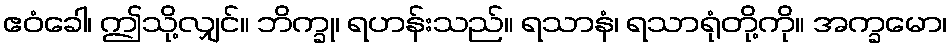
ဧဝံခေါ၊ ဤသို့လျှင်။ ဘိက္ခု၊ ရဟန်းသည်။ ရသာနံ၊ ရသာရုံတို့ကို။ အက္ခမော၊